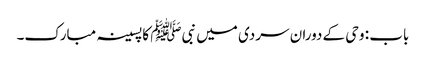
باب : وحی کے دوران سردی میں نبیﷺ کا پسینہ مبارک۔